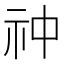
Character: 祌